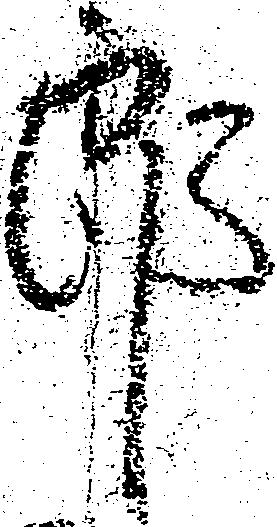
郎